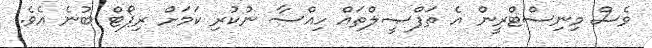
ވެސް މިނިސްޓްރީން އެ ތަފްޞީލްތައް ހިއްސާ ނުކުރި ކަމަށް ރިޕޯޓް ބުނެ އެވެ.